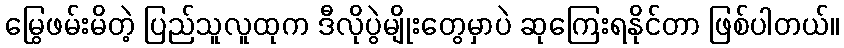
မြွေဖမ်းမိတဲ့ ပြည်သူလူထုက ဒီလိုပွဲမျိုးတွေမှာပဲ ဆုကြေးရနိုင်တာ ဖြစ်ပါတယ်။